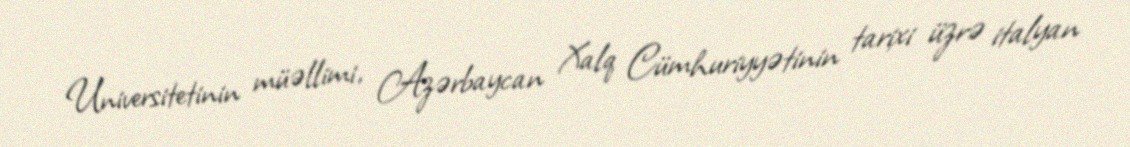
Universitetinin müəllimi, Azərbaycan Xalq Cümhuriyyətinin tarixi üzrə italyan